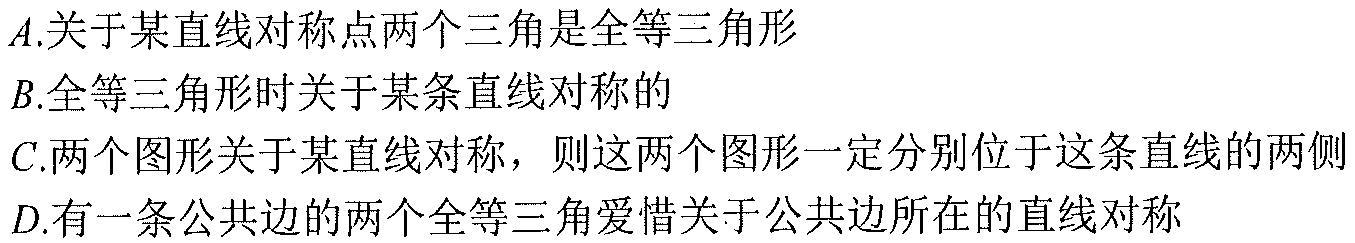
$A$.关于某直线对称点两个三角是全等三角形
$B$.全等三角形时关于某条直线对称的
$C$.两个图形关于某直线对称，则这两个图形一定分别位于这条直线的两侧
$D$.有一条公共边的两个全等三角爱惜关于公共边所在的直线对称